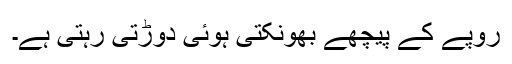
روپے کے پیچھے بھونکتی ہوئی دوڑتی رہتی ہے۔